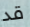
قد